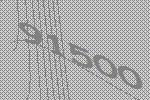
91500